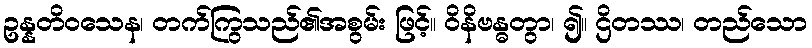
ဥန္နတိဝသေန၊ တက်ကြွသည်၏အစွမ်း ဖြင့်။ ဝိနိဗန္ဓတွာ၊ ၍။ ဌိတဿ၊ တည်သော